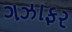
ગઝાફર